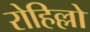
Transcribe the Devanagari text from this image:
रोहिल्लो